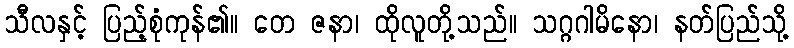
သီလနှင့် ပြည့်စုံကုန်၏။ တေ ဇနာ၊ ထိုလူတို့သည်။ သဂ္ဂဂါမိနော၊ နတ်ပြည်သို့